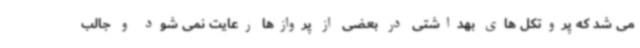
می شد که پروتکل های بهداشتی در بعضی از پروازها رعایت نمی شود و جالب